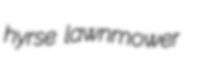
hyrse lawnmower